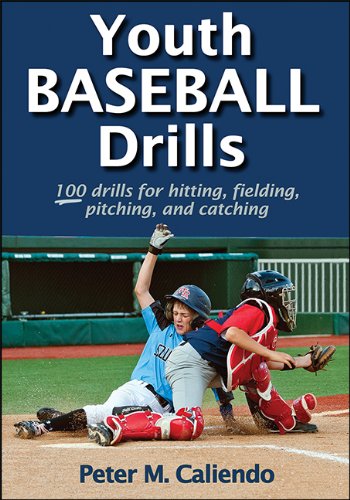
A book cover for Youth Baseball Drills; Peter Caliendo; Sports & Outdoors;